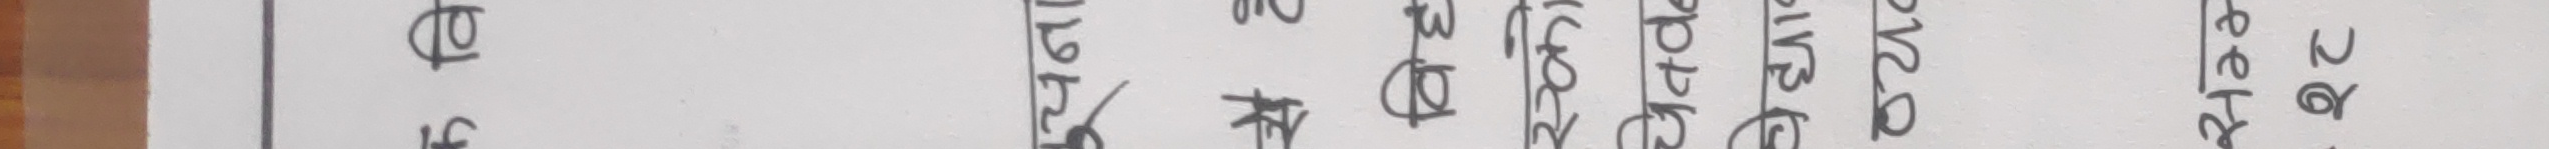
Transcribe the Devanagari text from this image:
१३६ वि.सं. मा पदस्थापन